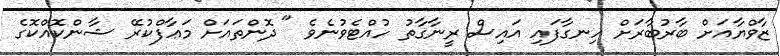
ޒާވްޔާއަށް ބާރުބާރަށް ހިނގާފައި އައިސް ރީނާގާތު ހުއްޓެވުނެވެ " ދޮންތައަށް މަޢާފްކުރޭ ޝާންކޮއްކޮގެ